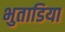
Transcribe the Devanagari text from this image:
भुताडिया